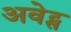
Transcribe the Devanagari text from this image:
अवेट्स